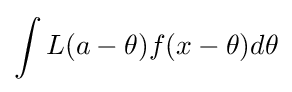
\int L(a-\theta )f(x-\theta )d\theta